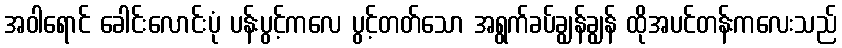
အဝါရောင် ခေါင်းလောင်းပုံ ပန်းပွင့်ကလေ ပွင့်တတ်သော အရွက်ခပ်ချွန်ချွန် ထိုအပင်တန်းကလေးသည်